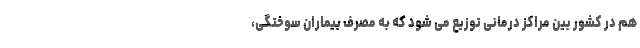
هم در کشور بین مراکز درمانی توزیع می شود که به مصرف بیماران سوختگی،